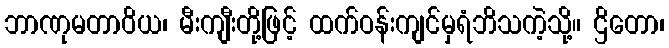
ဘာဏုမတာဝိယ၊ မီးကျီးတို့ဖြင့် ထက်ဝန်းကျင်မှရံဘိသကဲ့သို့။ ဌိတော၊